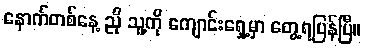
နောက်တစ်နေ့ ညို သူ့ကို ကျောင်းရှေ့မှာ တွေ့ရပြန်ပြီ။